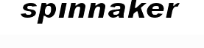
spinnaker